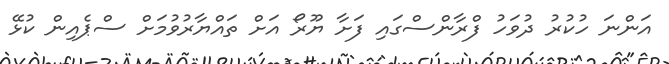
އަންނަ ހުކުރު ދުވަހު ފްރާންސްގައި ފަށާ ޔޫރޯ އަށް ތައްޔާރުވުމަށް ސްޕެއިން ކުޅޭ